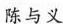
陈与义